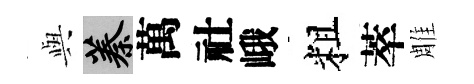
𫤰蓁萬社峨粗萃雕